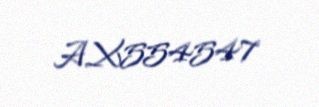
AX554547